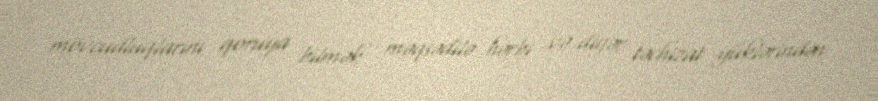
mövcudluqlarını qoruya bilmək məqsədilə hərbi və digər təchizat yüklərindən